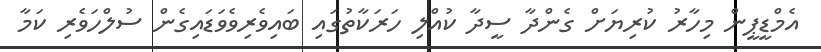
އެމްޑީޕީން މިހާރު ކުރިޔަށް ގެންދާ ސީދާ ކުއްލި ހަރަކާތުގައި ބައިވެރިވެވަޑައިގެން ސުލްހަވެރި ކަމާ